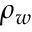
\rho _ { w }